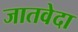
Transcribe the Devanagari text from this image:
जातवेदा